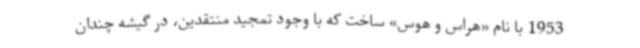
1953 با نام «هراس و هوس» ساخت که با وجود تمجید منتقدین، در گیشه چندان